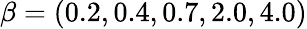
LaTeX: \beta=(0.2,0.4,0.7,2.0,4.0)